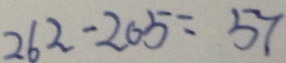
2 6 2 - 2 0 5 = 5 7